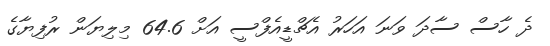
ދެ ހާސް ސާދަ ވަނަ އަހަރު އެޗްޑީއެފްސީ އަށް 64.6 މިލިޔަން ރުފިޔާގެ